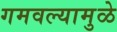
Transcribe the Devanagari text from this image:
गमवल्यामुळे